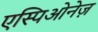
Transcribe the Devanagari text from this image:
एस्पिओनेज़